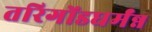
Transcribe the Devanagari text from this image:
तरिगोंडधर्मंन्न